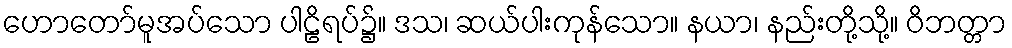
ဟောတော်မူအပ်သော ပါဠိရပ်၌။ ဒသ၊ ဆယ်ပါးကုန်သော။ နယာ၊ နည်းတို့သို့။ ဝိဘတ္တာ